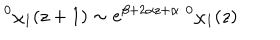
\; ^ { 0 } \chi _ { 1 } ( z + 1 ) \sim e ^ { \beta + 2 \alpha z + \alpha } \; ^ { 0 } \chi _ { 1 } ( z )